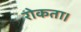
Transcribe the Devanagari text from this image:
रोकता।